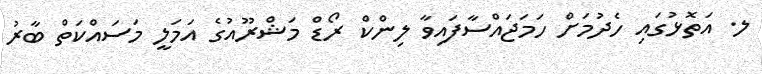
ލ. އަތޮޅުގައި ހެދުމަށް ހަމަޖައްސާފައިވާ ލިންކް ރޯޑް މަޝްރޫއުގެ އަމަލީ މަސައްކަތް ބާރު